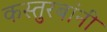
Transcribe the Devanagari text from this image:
कस्तुरबांनी